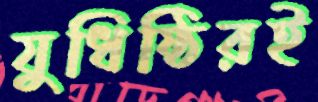
যুধিষ্ঠিরই